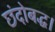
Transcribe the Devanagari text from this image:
छंदोबद्ध।